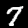
Digit: 7